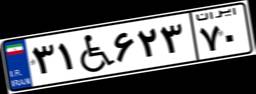
۳۱W۶۲۳۷۰